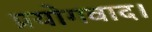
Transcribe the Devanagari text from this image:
प्रयोगवाद।